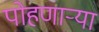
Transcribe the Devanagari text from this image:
पोहणार्‍या